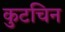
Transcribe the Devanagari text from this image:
कुटचिन